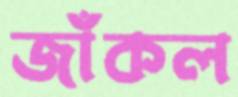
জাঁকল